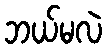
ဘယ်မလဲ